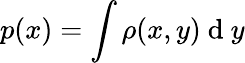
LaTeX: p(x)=\int\rho(x,y)\mathrm{~d~}y